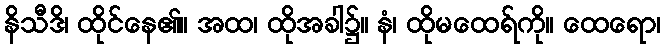
နိသီဒိ၊ ထိုင်နေ၏။ အထ၊ ထိုအခါ၌။ နံ၊ ထိုမထေရ်ကို။ ထေရော၊